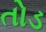
તોડ